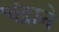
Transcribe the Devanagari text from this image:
चंद्राने